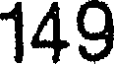
149